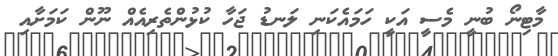
މާޓިނޯ ބުނީ މެސީ އަކީ ހަމައެކަނި ލަނޑު ޖަހާ ކުޅުންތެރިއެއް ނޫން ކަމަށާއި